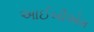
આઈબીએમ